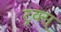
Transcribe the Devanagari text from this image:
ट्रक्स्